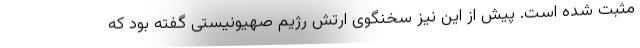
مثبت شده است. پیش از این نیز سخنگوی ارتش رژیم صهیونیستی گفته بود که